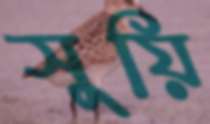
সুয়ি